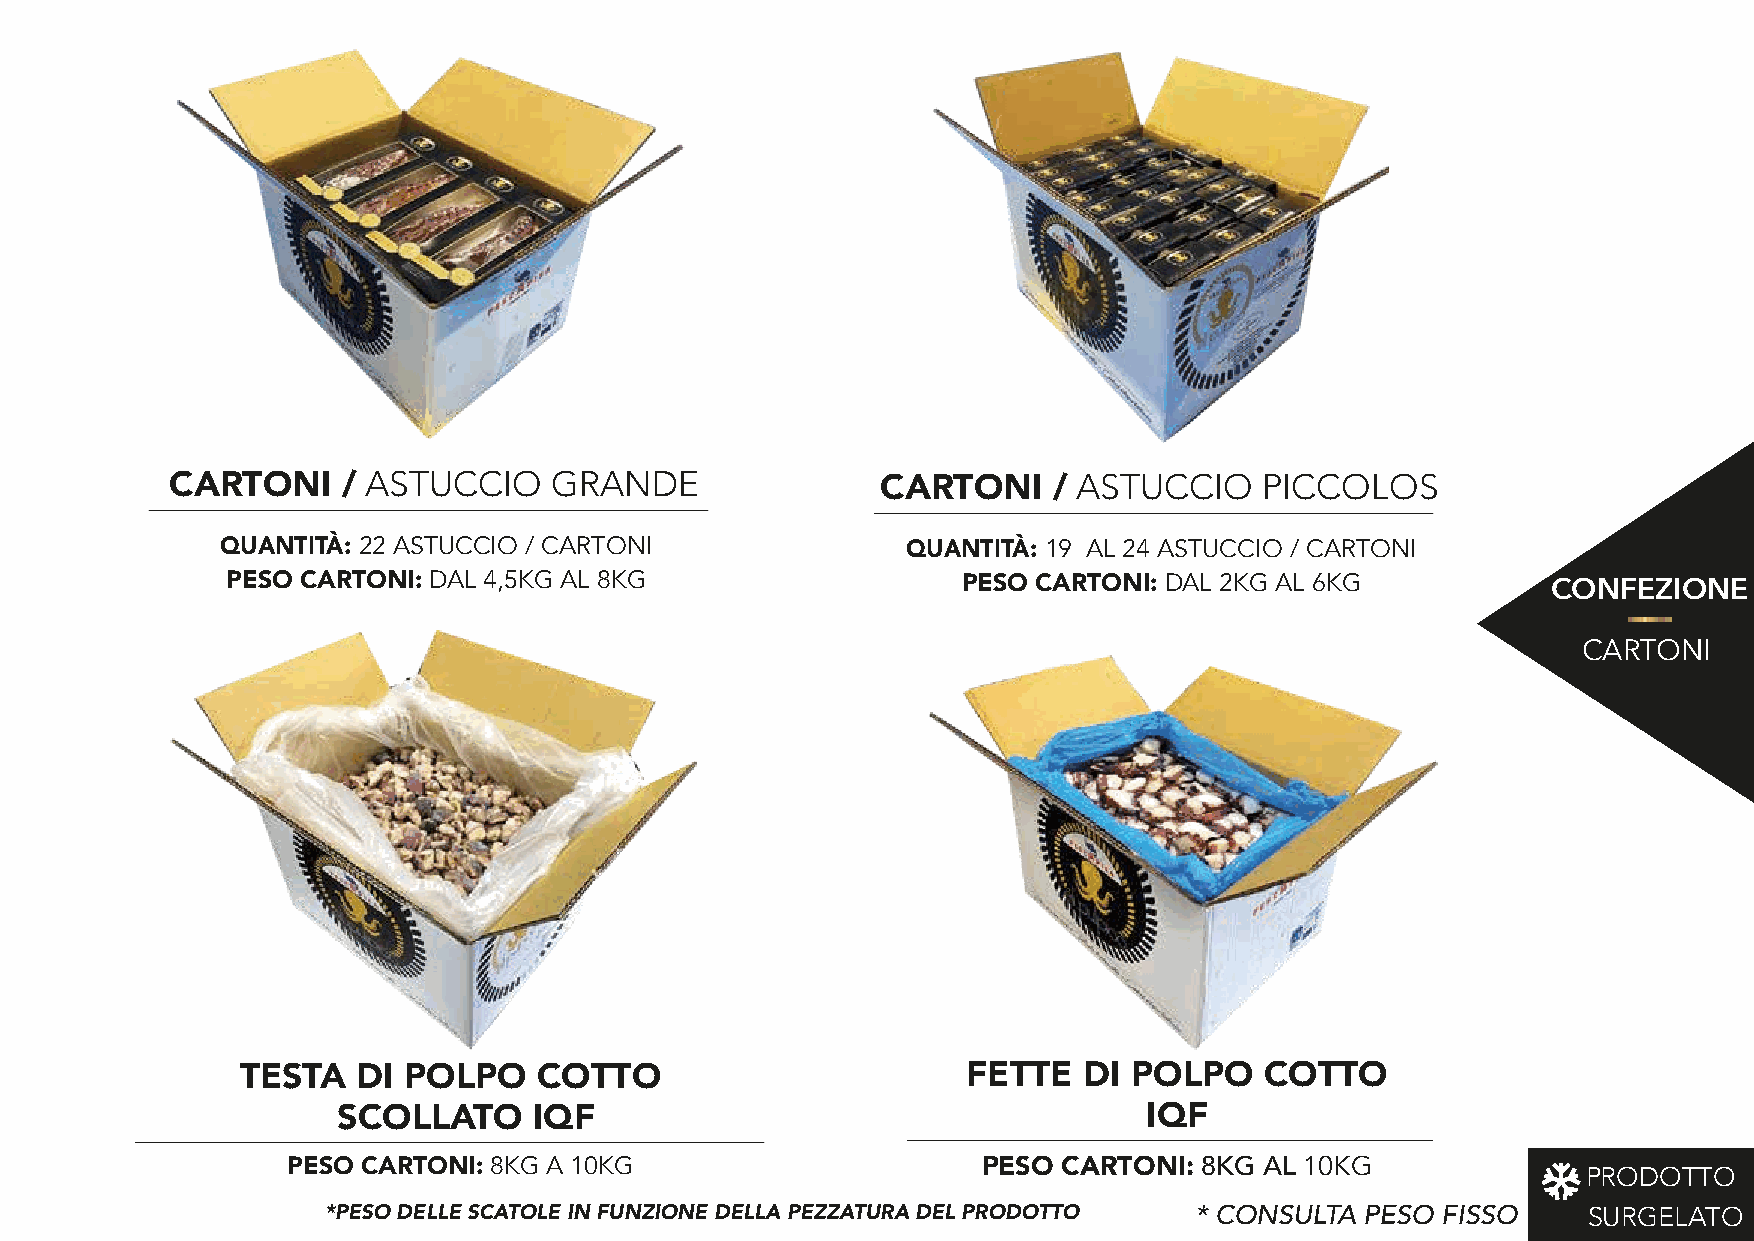
CARTONI     / ASTUCCIO    GRANDE               CARTONI     / ASTUCCIO    PICCOLOS
 QUANTITÀ: 22 ASTUCCIO / CARTONI              QUANTITÀ: 19 AL 24 ASTUCCIO / CARTONI
 PESO CARTONI: DAL 4,5KG AL 8KG                   PESO CARTONI: DAL 2KG AL 6KG           CONFEZIONE
 CARTONI
 TESTA   DI POLPO    COTTO                       FETTE   DI POLPO    COTTO
 SCOLLATO     IQF                                      IQF
 PESO CARTONI: 8KG A 10KG                      PESO CARTONI:  8KG AL 10KG              PRODOTTO
 *PESO DELLE SCATOLE IN FUNZIONE DELLA PEZZATURA DEL PRODOTTO * CONSULTA PESO FISSO SURGELATO